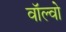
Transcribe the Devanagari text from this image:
वॉल्‍वो